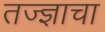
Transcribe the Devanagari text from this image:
तज्‍ज्ञाचा